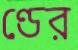
ণ্ডের